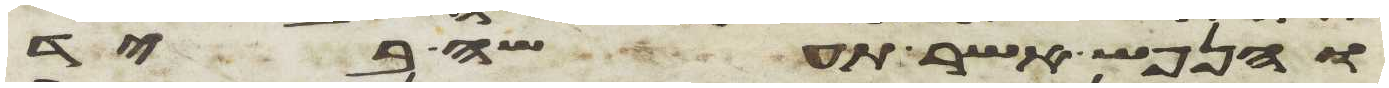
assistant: והנפש אשר תעשה ביד